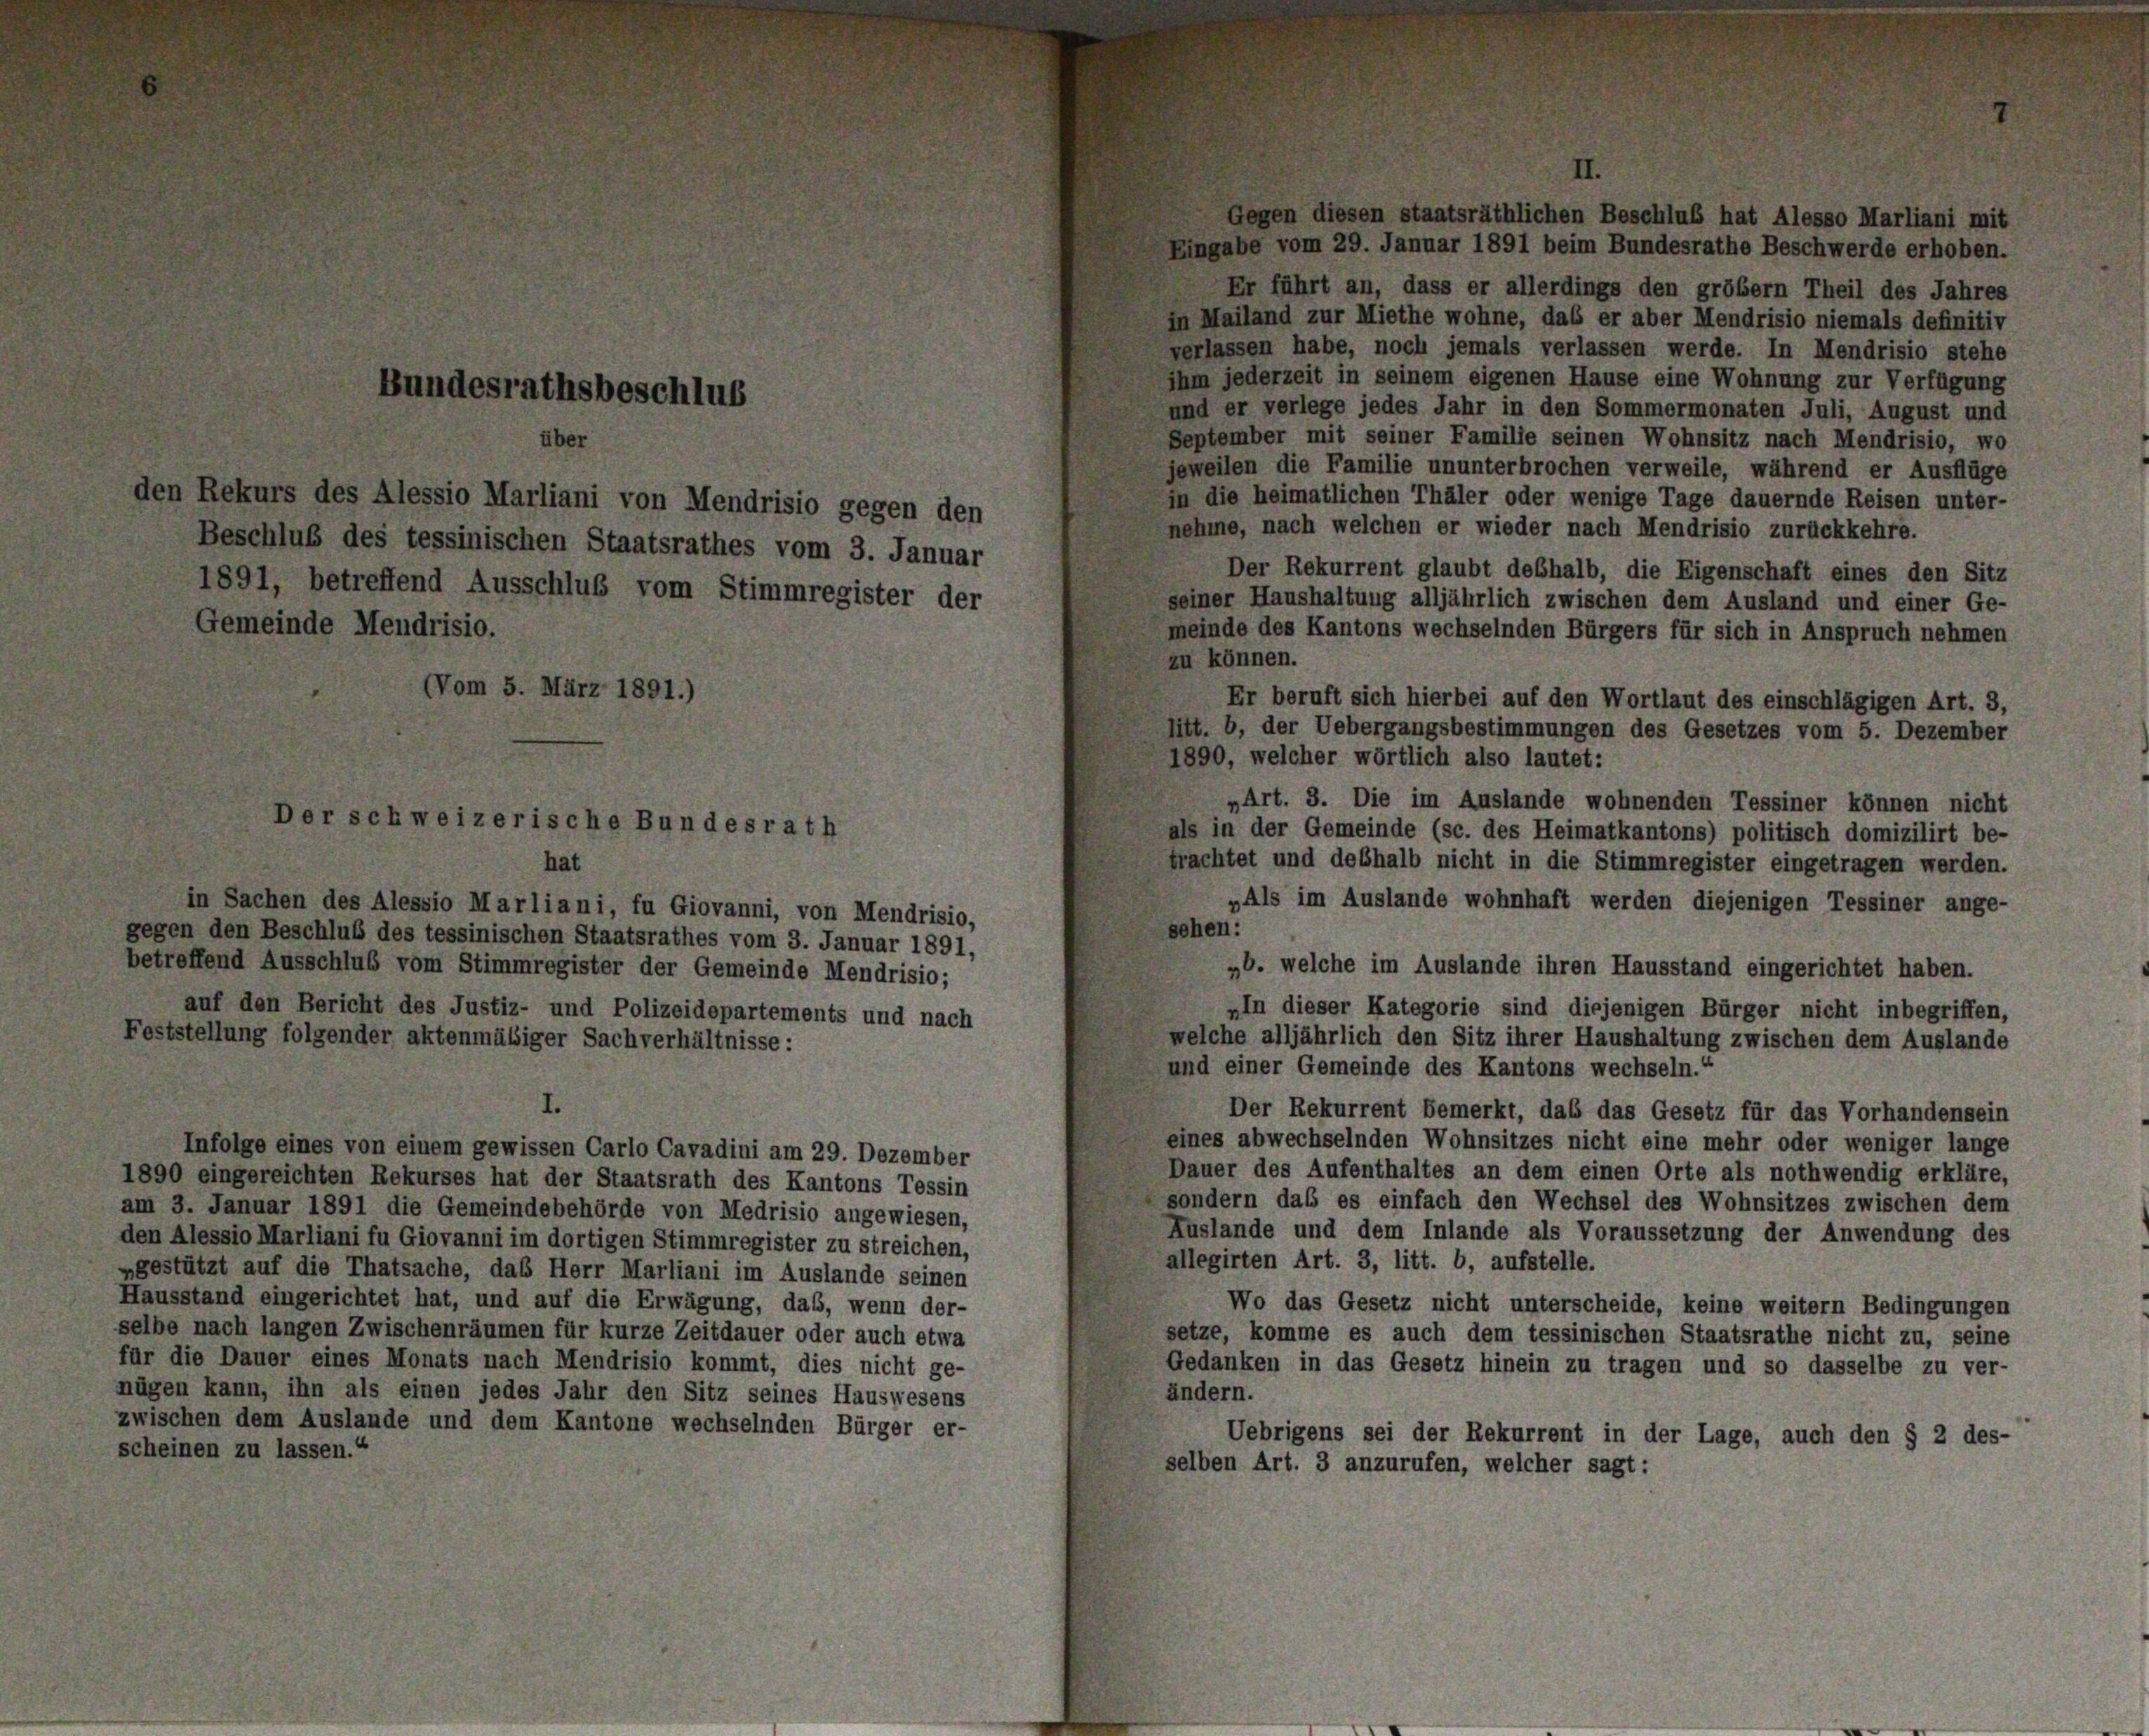
in Mailand zur Miethe wohne, das er aber Mendrisio niemals definitiv
verlassen habe, noch jemals verlassen werde. In Mendrisio stehe
ihm jederzeit in seinem eigenen Hause eine Wohnung zur Verfügung
und er verlege jedes Jahr in den Sommermonaten Juli, August und
September mit seiner Familie seinen Wohnsitz nach Mendrisio, wo
über
jeweilen die Familie ununterbrochen verweile, während er Ausflüge
in die heimatlichen Thäler oder wenige Tage dauernde Reisen unter-
nehme, nach welchen er wieder nach Mendrisio zurückkehre.
Der Rekurrent glaubt deßhalb, die Eigenschaft eines den Sitz
seiner Haushaltung alljährlich zwischen dem Ausland und einer Ge-
meinde des Kantons wechselnden Bürgers für sich in Anspruch nehmen
zu können.
Er beruft sich hierbei auf den Wortlaut des einschlägigen Art. 3,
litt. b, der Uebergangsbestimmungen des Gesetzes vom 5. Dezember
1890, welcher wörtlich also lautet:
„Art. 3. Die im Auslande wohnenden Tessiner können nicht
als in der Gemeinde (sc. des Heimatkantons) politisch domizilirt be-
trachtet und deßhalb nicht in die Stimmregister eingetragen werden.
hat
„Als im Auslande wohnhaft werden diejenigen Tessiner ange-
in Sachen des Alessio Marliani, fu Giovanni, von Mendrisio,
sehen:
gegen den Beschluß des tessinischen Staatsrathes vom 3. Januar 1891,
betreffend Ausschluß vom Stimmregister der Gemeinde Mendrisio;
„b. welche im Auslande ihren Hausstand eingerichtet haben.
»In dieser Kategorie sind diejenigen Bürger nicht inbegriffen,
auf den Bericht des Justiz- und Polizeidepartements und nach
Feststellung folgender aktenmäßiger Sachverhältnisse:
welche alljährlich den Sitz ihrer Haushaltung zwischen dem Auslande
und einer Gemeinde des Kantons wechseln.“
Der Rekurrent Bemerkt, das das Gesetz für das Vorhandensein
eines abwechselnden Wohnsitzes nicht eine mehr oder weniger lange
Infolge eines von einem gewissen Carlo Cavadini am 29. Dezember
Dauer des Aufenthaltes an dem einen Orte als nothwendig erkläre,
1890 eingereichten Rekurses hat der Staatsrath des Kantons Tessin
sondern das es einfach den Wechsel des Wohnsitzes zwischen dem
am 3. Januar 1891 die Gemeindebehörde von Medrisio angewiesen,
Auslande und dem Inlande als Voraussetzung der Anwendung des
den Alessio Marliani fu Giovanni im dortigen Stimmregister zu streichen,
allegirten Art. 3, litt. b, aufstelle.
»gestützt auf die Thatsache, das Herr Marliani im Auslande seinen
Hausstand eingerichtet hat, und auf die Erwägung, das, wenn der-
Wo das Gesetz nicht unterscheide, keine weitern Bedingungen
selbe nach langen Zwischenräumen für kurze Zeitdauer oder auch etwa
setze, komme es auch dem tessinischen Staatsrathe nicht zu, seine
für die Dauer eines Monats nach Mendrisio kommt, dies nicht ge-
Gedanken in das Gesetz hinein zu tragen und so dasselbe zu ver-
ändern.
nügen kann, ihn als einen jedes Jahr den Sitz seines Hauswesens
zwischen dem Auslande und dem Kantone wechselnden Bürger er-
Uebrigens sei der Rekurrent in der Lage, auch den § 2 des-
scheinen zu lassen.“
selben Art. 3 anzurufen, welcher sagt:

Gemeinde Mendrisio.
Vom 5. März 1891.)

Bundesrathsbeschlus

Der schweizerische Bundesrath

den Rekurs des Alessio Marliani von Mendrisio gegen den
Beschluß des tessinischen Staatsrathes vom 3. Januar
1891, betreffend Ausschluß vom Stimmregister der

Gegen diesen staatsräthlichen Beschluß hat Alesso Marliani mit
Eingabe vom 29. Januar 1891 beim Bundesrathe Beschwerde erhoben.
Er führt an, dass er allerdings den größer Theil des Jahres